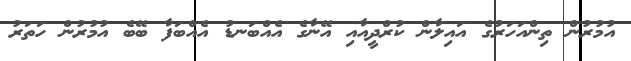
އުމުރުން ތިންއަހަރުގެ އައިލާން ކުރްދީއާއި އޭނާގެ އެއްބަނޑު އެއްބަފާ ބޭބެ އުމުރުން ހަތަރު